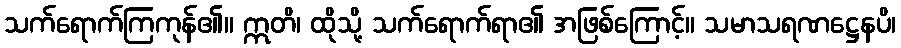
သက်ရောက်ကြကုန်၏။ ဣတိ၊ ထိုသို့ သက်ရောက်ရာ၏ အဖြစ်ကြောင့်။ သမာသရဏဋ္ဌေနပိ၊